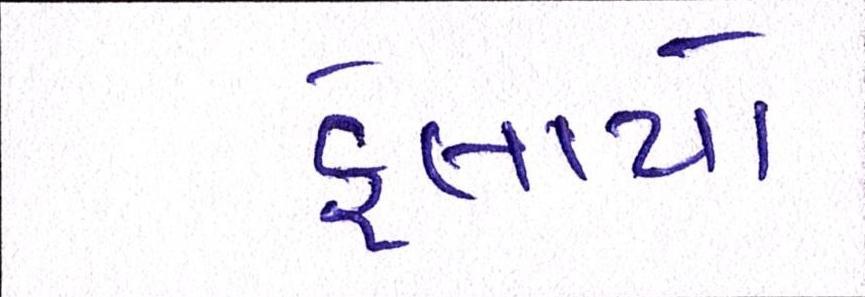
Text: ફેલાયો